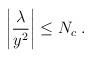
LaTeX: \begin{align*}\left| \frac{\lambda}{y^2}\right|\leq N_c \;.\end{align*}